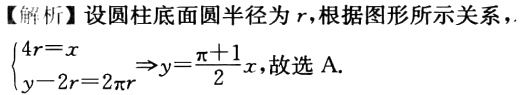
【解析】设圆柱底面圆半径为 \(r\)，根据图形所示关系，\(\begin{cases}4r = x\\y - 2r = 2\pi r\end{cases}\Rightarrow y=\frac{\pi + 1}{2}x\)，故选 A.